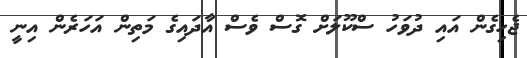
ޖެހިގެން އައި ދުވަހު ސްކޫލަށް ގޮސް ވެސް އާދައިގެ މަތިން އަހަރެން އިނީ